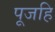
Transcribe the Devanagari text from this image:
पूजहि